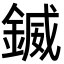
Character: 𨩆